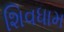
શિવધામ